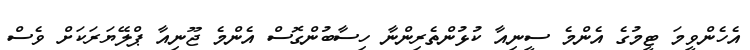
އެހެންވީމަ ޓީމުގެ އެންމެ ސީނިއާ ކުޅުންތެރިންނާ ހިސާބުންގޮސް އެންމެ ޖޫނިއާ ޕްލޭޔަރަކަށް ވެސް